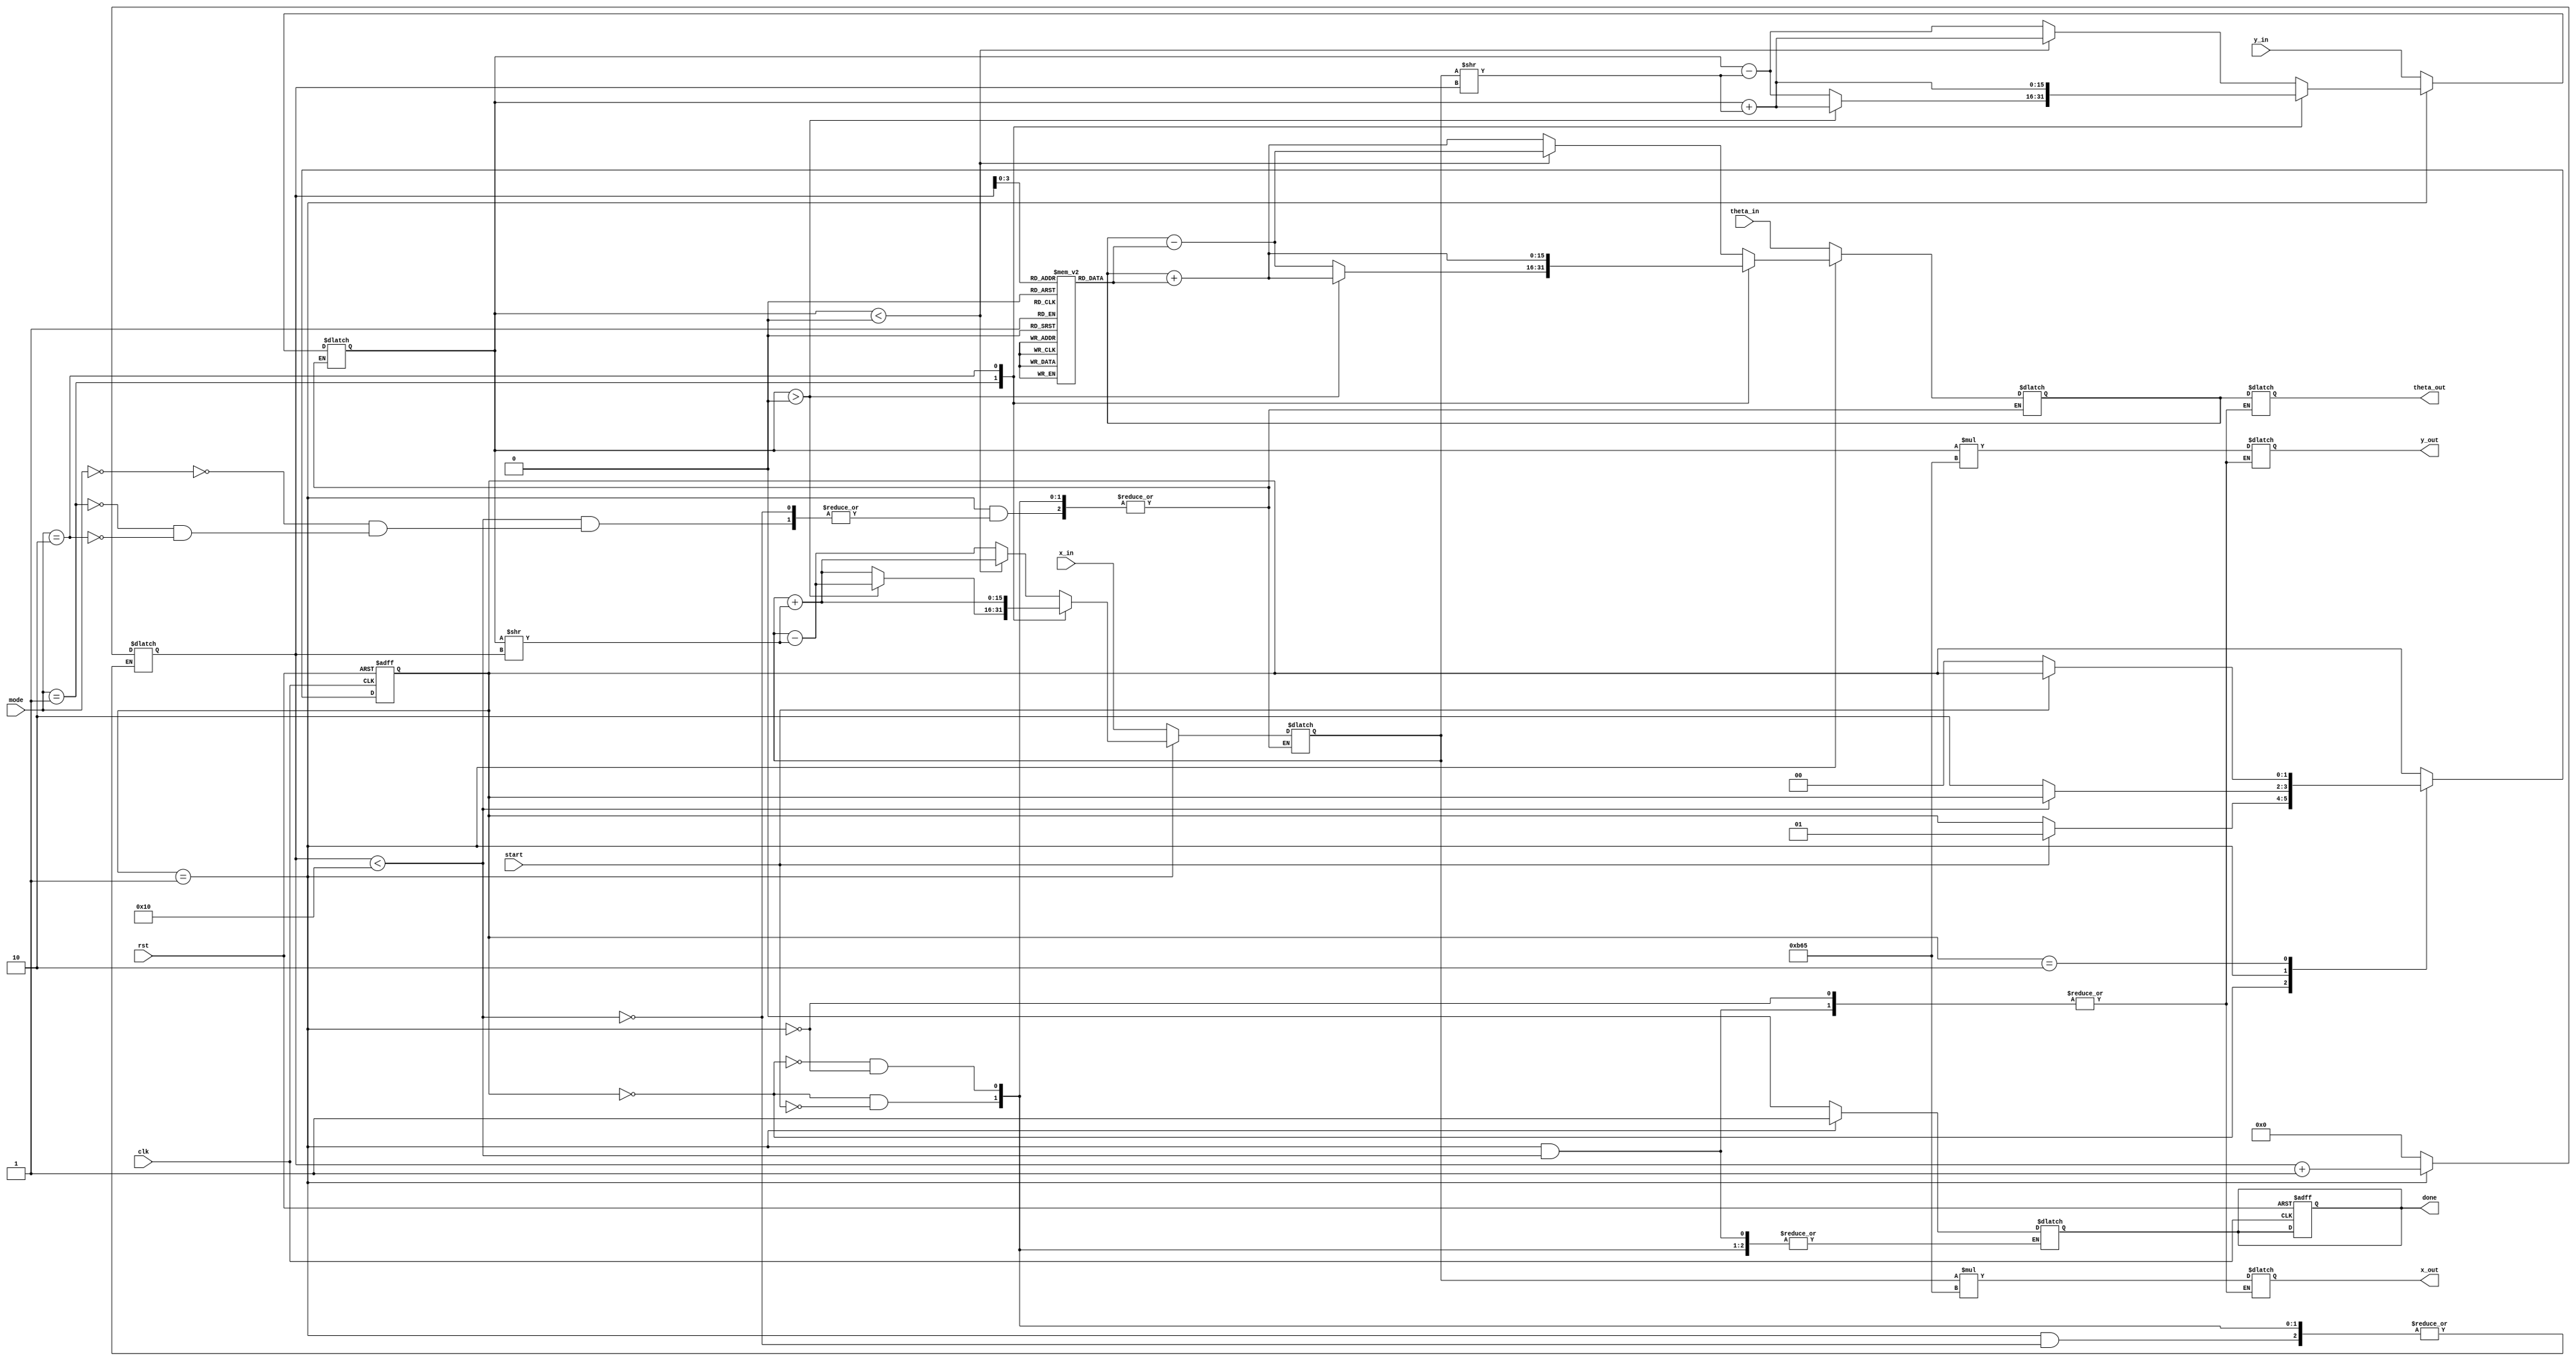
module unified_cordic (
    input wire clk,
    input wire rst,
    input wire [15:0] x_in,           // Input X
    input wire [15:0] y_in,           // Input Y
    input wire [15:0] theta_in,       // Input Angle
    input wire [1:0] mode,            // Mode selection: 00=Rotational, 01=Vectoring, 10=Hyperbolic
    input wire start,                 // Start signal
    output reg [15:0] x_out,          // Output X
    output reg [15:0] y_out,          // Output Y
    output reg [15:0] theta_out,      // Output Angle
    output reg done                   // Done signal
);

    // State definitions
    parameter IDLE = 2'b00, PROCESS = 2'b01, DONE = 2'b10;
    reg [1:0] state, next_state;

    // CORDIC parameters
    reg [15:0] x, y;
    reg [15:0] theta;
    reg [4:0] i;                      // Iteration counter
    reg [15:0] angle_table [0:15];   // Precomputed angle values for CORDIC
    reg [15:0] gain_factor;           // Gain factor for output scaling

    // Initialize angle table and gain factor
    initial begin
        // Populate angle_table with precomputed arctangent values
        angle_table[0] = 16'h0000;   // arctan(1) = 0
        angle_table[1] = 16'h3C90;   // arctan(0.5) = 26.565 degrees
        angle_table[2] = 16'h3240;   // etc...
        // ...
        angle_table[15] = 16'h0000;   // arctan(0)
        
        gain_factor = 16'h0B65;       // CORDIC gain factor (example value)
    end

    // Sequential logic: State transitions
    always @(posedge clk or posedge rst) begin
        if (rst) begin
            state <= IDLE;
            done <= 0;
        end else begin
            state <= next_state;
        end
    end

    // Combinational logic: Next state and output logic
    always @(*) begin
        next_state = state;
        case (state)
            IDLE: begin
                if (start) begin
                    x <= x_in;
                    y <= y_in;
                    theta <= theta_in;
                    done <= 0;
                    i <= 0;
                    next_state = PROCESS;
                end
            end
            
            PROCESS: begin
                if (i < 16) begin
                    case (mode)
                        2'b00: begin // Rotational mode
                            if (y < 0) begin
                                x <= x + (y >> i);
                                y <= y + (x >> i);
                                theta <= theta - angle_table[i];
                            end else begin
                                x <= x - (y >> i);
                                y <= y - (x >> i);
                                theta <= theta + angle_table[i];
                            end
                        end
                        
                        2'b01: begin // Vectoring mode
                            if (y > 0) begin
                                x <= x - (y >> i);
                                y <= y + (x >> i);
                                theta <= theta + angle_table[i];
                            end else begin
                                x <= x + (y >> i);
                                y <= y - (x >> i);
                                theta <= theta - angle_table[i];
                            end
                        end
                        
                        2'b10: begin // Hyperbolic mode (simplified)
                            x <= x + (y >> i);
                            y <= y + (x >> i);
                            theta <= theta + angle_table[i]; // Hypothetical usage
                        end
                    endcase
                    i <= i + 1;
                end else begin
                    x_out <= x * gain_factor; // Scale output
                    y_out <= y * gain_factor; // Scale output
                    theta_out <= theta;       // Output angle
                    done <= 1;
                    next_state = DONE;
                end
            end
            
            DONE: begin
                if (!start) begin
                    next_state = IDLE;
                end
            end
        endcase
    end

endmodule